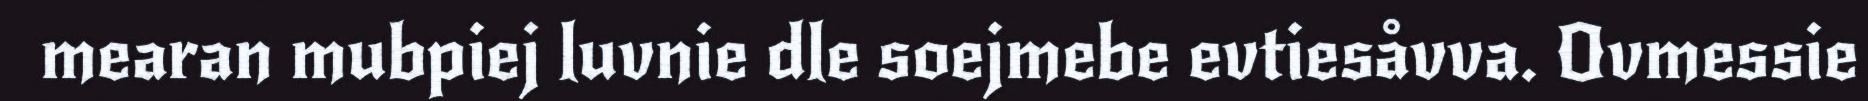
mearan mubpiej luvnie dle soejmebe evtiesåvva. Ovmessie